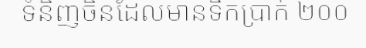
ទំនិញចិនដែលមានទឹកប្រាក់ ២០០